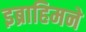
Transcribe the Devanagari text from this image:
इब्राहिमने